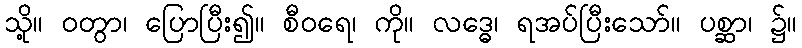
သို့။ ဝတွာ၊ ပြောပြီး၍။ စီဝရေ၊ ကို။ လဒ္ဓေ၊ ရအပ်ပြီးသော်။ ပစ္ဆာ၊ ၌။